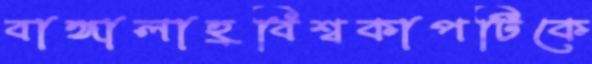
বাঙ্গালাহ্রবিশ্বকাপটিকে